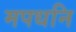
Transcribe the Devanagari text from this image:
मपधनि